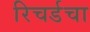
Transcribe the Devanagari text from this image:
रिचर्डचा